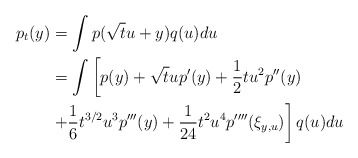
\begin{align*}p_t(y)&=\int p(\sqrt{t}u+y)q(u)du\\&=\int\left[p(y)+\sqrt{t}up'(y)+\frac1{2}tu^2p''(y)\right.\\&\left.+\frac1{6}t^{3/2}u^3p'''(y)+\frac1{24}t^2u^4p''''(\xi_{y,u})\right]q(u)du\end{align*}